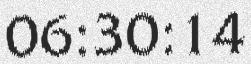
06:30:14